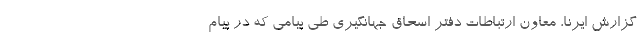
گزارش ایرنا، معاون ارتباطات دفتر اسحاق جهانگیری طی پیامی که در پیام